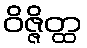
ဝိဇ္ဇိတ္ထ